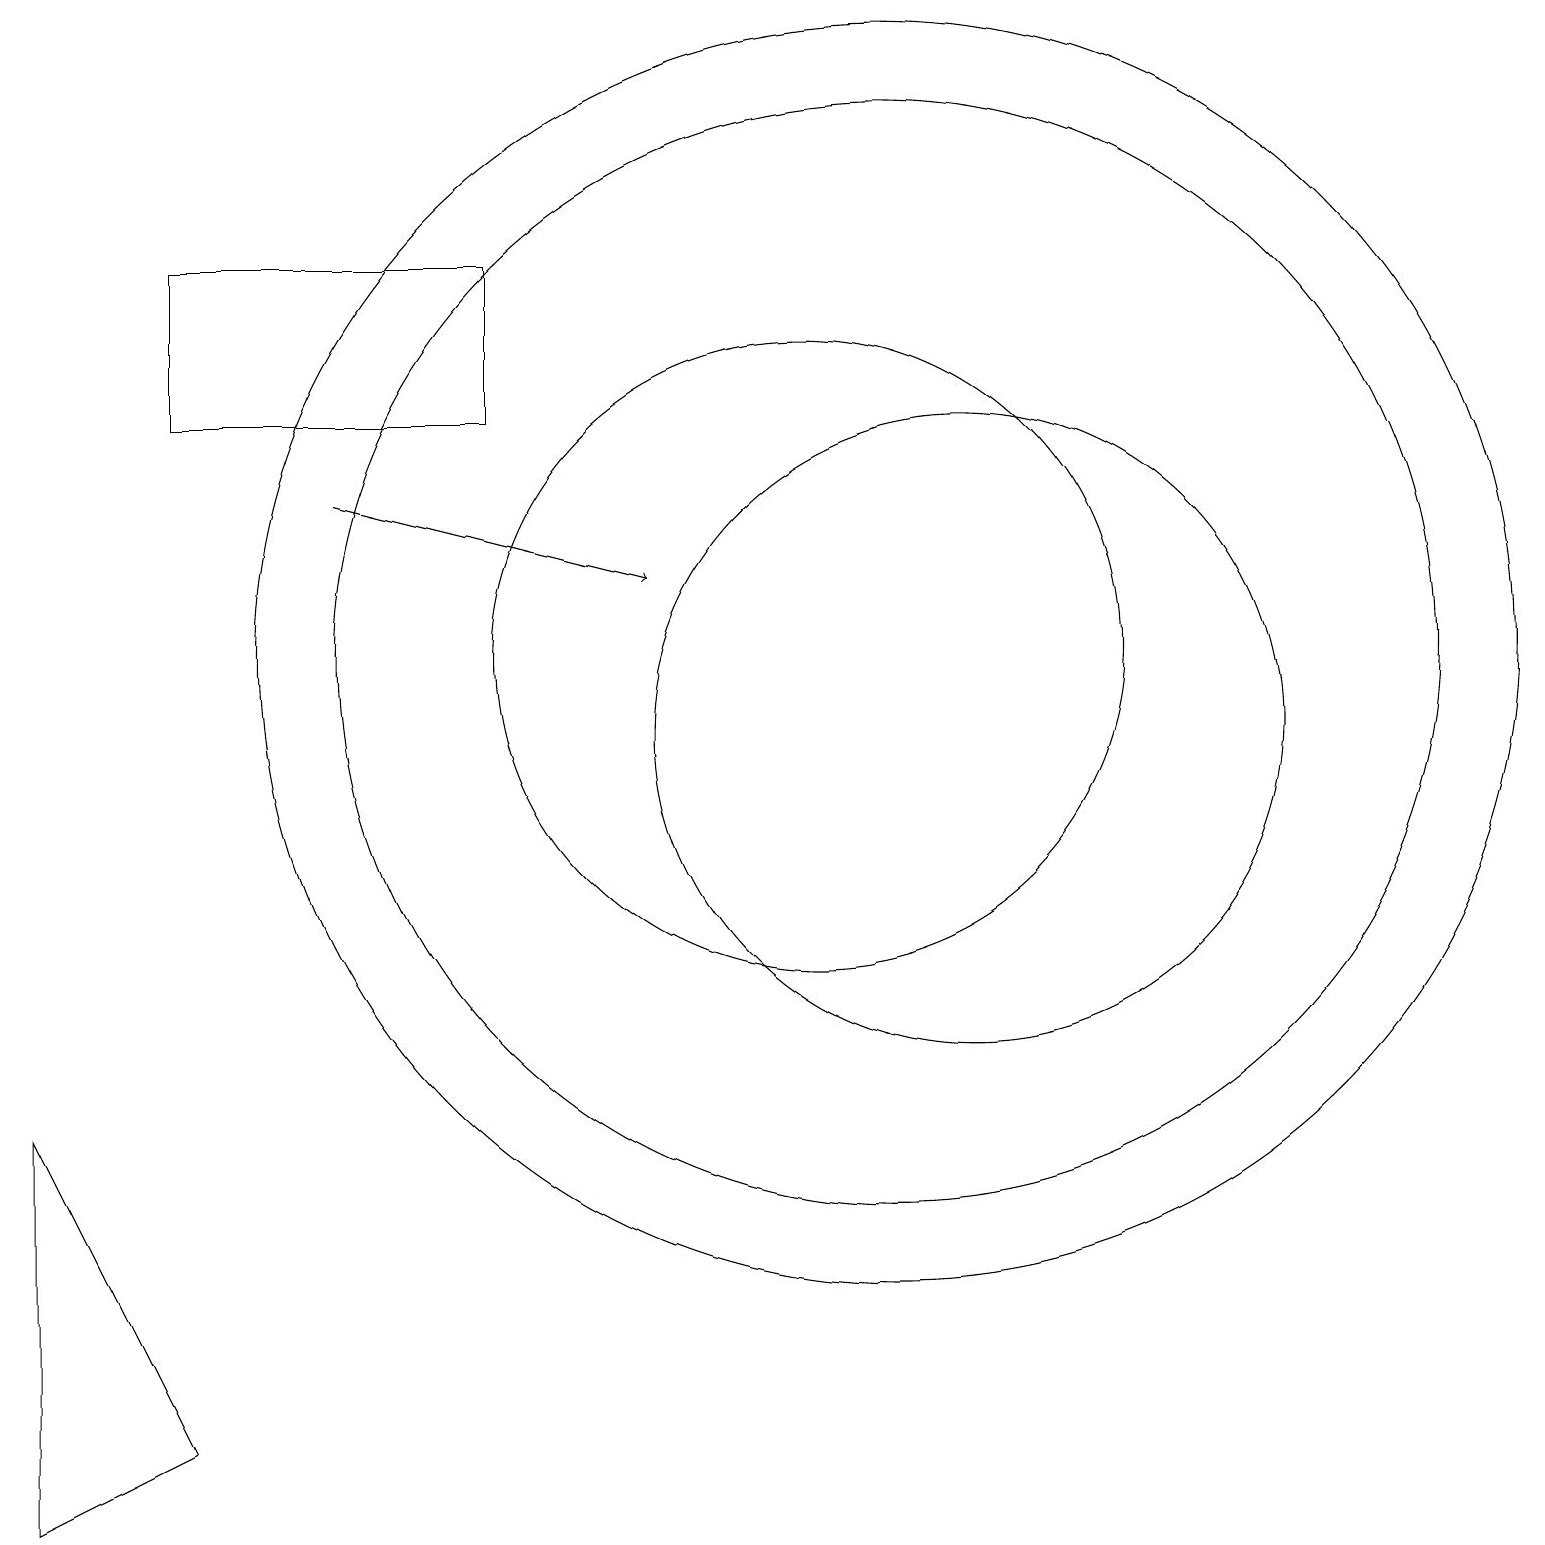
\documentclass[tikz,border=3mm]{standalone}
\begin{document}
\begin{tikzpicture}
\draw (0,0) -- (2,1) -- (0,5) -- cycle;
\draw (10,11) circle (4);
\draw (12,10) circle (4);
\draw[->] (4,13) -- (8,12);
\draw (11,11) circle (8);
\draw (2,14) rectangle (6,16);
\draw (11,11) circle (7);
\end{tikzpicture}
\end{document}